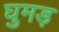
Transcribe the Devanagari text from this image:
घुमड़